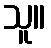
သူ။